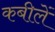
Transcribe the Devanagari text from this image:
कबीलें